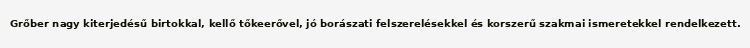
Grőber nagy kiterjedésű birtokkal, kellő tőkeerővel, jó borászati felszerelésekkel és korszerű szakmai ismeretekkel rendelkezett.